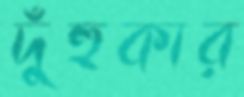
দুঁহুকার